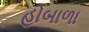
હોબાળા